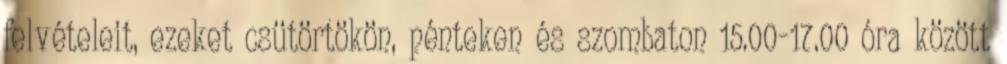
felvételeit, ezeket csütörtökön, pénteken és szombaton 15.00-17.00 óra között